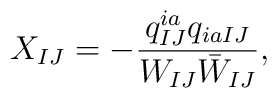
X_{IJ}=-\frac{q^{ia}_{IJ}q_{iaIJ}}{W_{IJ}\bar W_{IJ}},